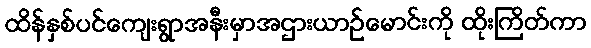
ထိန်နှစ်ပင်ကျေးရွာအနီးမှာအဌားယာဉ်မောင်းကို ထိုးကြိတ်ကာ